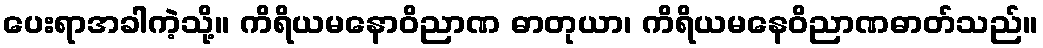
ပေးရာအခါကဲ့သို့။ ကိရိယမနောဝိညာဏ ဓာတုယာ၊ ကိရိယမနေဝိညာဏဓာတ်သည်။